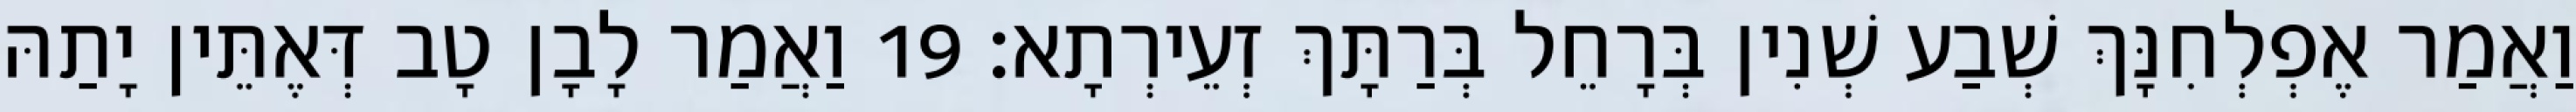
וַאֲמַר אֶפְלְחִנָּךְ שְׁבַע שְׁנִין בְּרָחֵל בְּרַתָּךְ זְעֵירְתָא׃ 19 וַאֲמַר לָבָן טָב דְּאֶתֵּין יָתַהּ